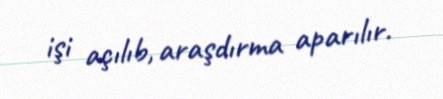
işi açılıb, araşdırma aparılır.